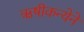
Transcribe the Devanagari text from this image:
ऋषीकन्येने